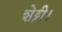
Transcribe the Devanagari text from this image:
शेट्टी।